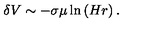
\delta V \sim - \sigma \mu \ln \left( H r \right) .